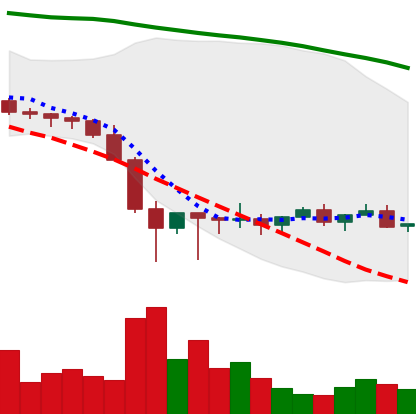
Ticker: XLM-USD
Chart end date: 2022-02-03
Forward return: 24.984%
Label: up_7plus